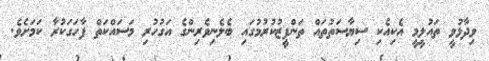
ވިދާޅުވީ ތައުލީމީ އެކިއެކި ސިޔާސަތުތައް ތަންފީޒުކުރުމުގައި ބެލެނިވެރިންގެ އަގުހުރި މަސައްކަތް ފާހަަގަކުރާ ކަމަށެވެ.